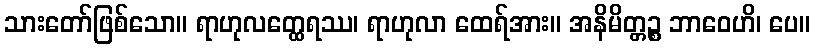
သားတော်ဖြစ်သော။ ရာဟုလတ္ထေရဿ၊ ရာဟုလာ ထေရ်အား။ အနိမိတ္တဉ္စ ဘာဝေဟိ၊ ပေ။